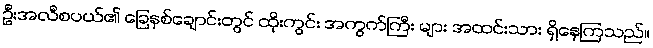
ဦးအလီစပယ်၏ ခြေနှစ်ချောင်းတွင် ထိုးကွင်း အကွက်ကြီး များ အထင်းသား ရှိနေကြသည်။